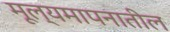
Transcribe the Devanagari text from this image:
मूल्यमापनातील